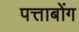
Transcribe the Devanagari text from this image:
पत्ताबोंग